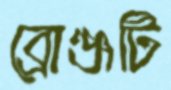
ব্রোঞ্জটি